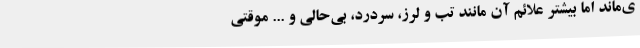
ی‌ماند اما بیشتر علائم آن مانند تب و لرز، سردرد، بی‌حالی و ... موقتی